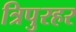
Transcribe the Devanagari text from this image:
त्रिपुरहर